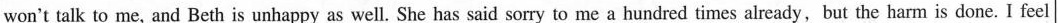
won't talk to me, and Beth is unhappy as well. She has said sorry to me a hundred times already,but the harm is done. I feel